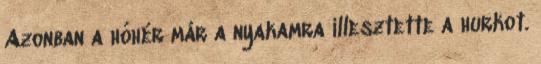
Azonban a hóhér már a nyakamra illesztette a hurkot.